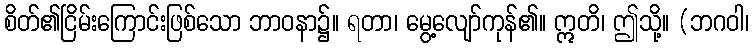
စိတ်၏ငြိမ်းကြောင်းဖြစ်သော ဘာဝနာ၌။ ရတာ၊ မွေ့လျော်ကုန်၏။ ဣတိ၊ ဤသို့။ (ဘဂဝါ၊